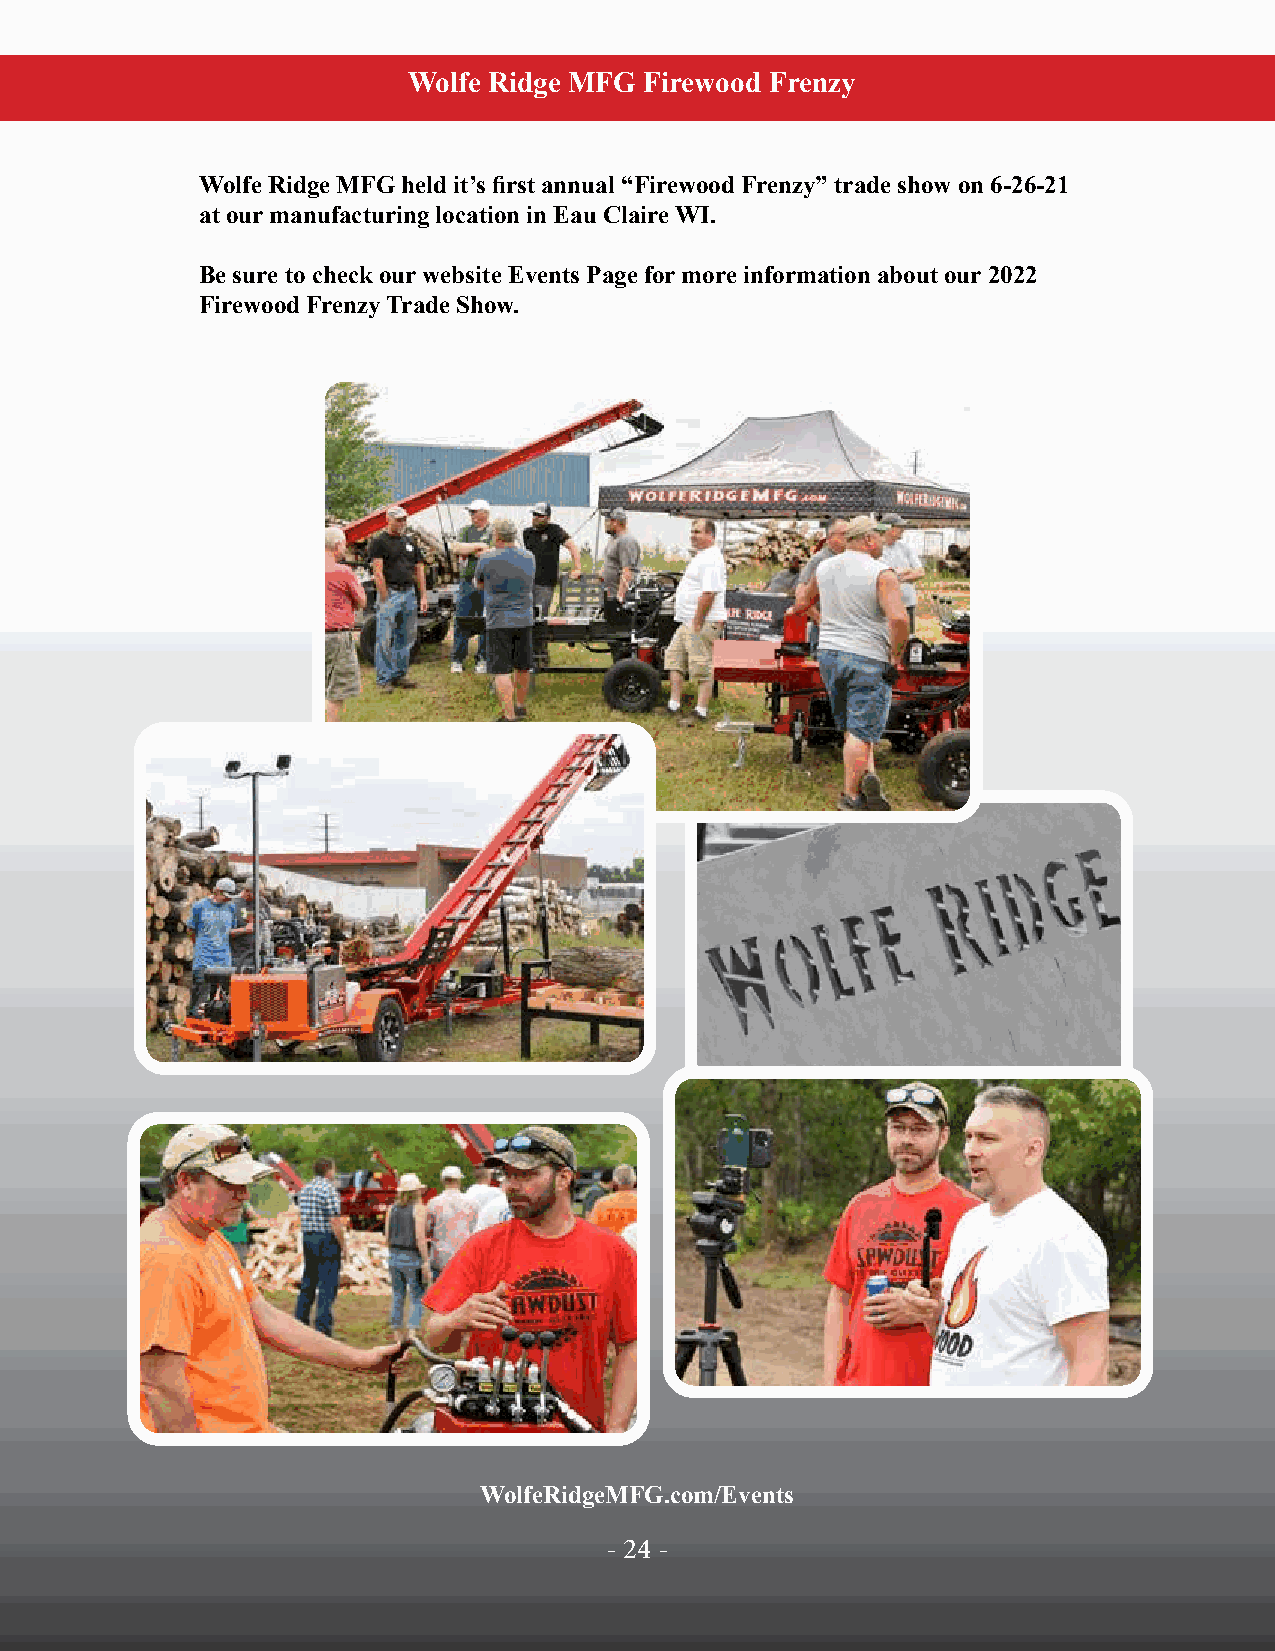
Wolfe Ridge MFG Firewood Frenzy
 Wolfe Ridge MFG held it’s first annual “Firewood Frenzy” trade show on 6-26-21
 at our manufacturing location in Eau Claire WI.
 Be sure to check our website Events Page for more information about our 2022
 Firewood Frenzy Trade Show.
 WolfeRidgeMFG.com/Events
 -- 2244 --